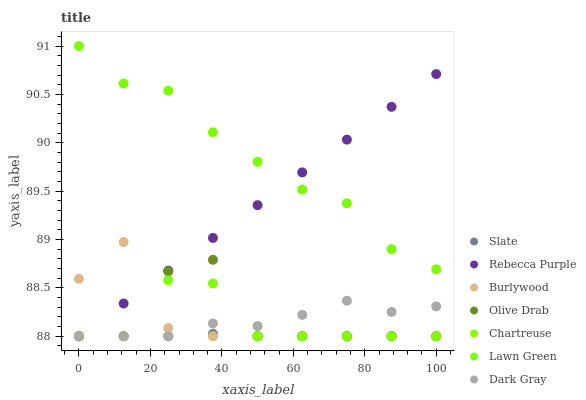
| xaxis_label | Slate | Rebecca Purple | Burlywood | Olive Drab | Chartreuse | Lawn Green | Dark Gray |
 | --- | --- | --- | --- | --- | --- | --- | --- |
 | 0 | 88 | 88 | 88.6 | 88 | 88 | 91 | 88 |
 | 12.5 | 88 | 88.3 | 89 | 88 | 88 | 90.6 | 88 |
 | 25 | 88 | 88.7 | 88.1 | 88.7 | 88.6 | 90.5 | 88 |
 | 37.5 | 88 | 89 | 88 | 88.8 | 88.5 | 90.1 | 88.1 |
 | 50 | 88 | 89.4 | 88 | 88 | 88 | 89.8 | 88.1 |
 | 62.5 | 88 | 89.7 | 88 | 88 | 88 | 89.5 | 88.2 |
 | 75 | 88 | 90 | 88 | 88 | 88 | 89.4 | 88.4 |
 | 87.5 | 88 | 90.4 | 88 | 88 | 88 | 88.9 | 88.3 |
 | 100 | 88 | 90.7 | 88 | 88 | 88 | 88.7 | 88.3 |